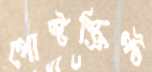
পোস্টস্ক্রিপ্ট